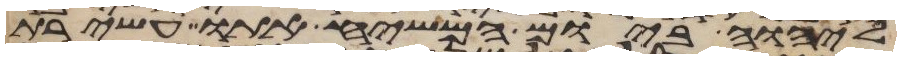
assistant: ליהוה ביום המשיח אתו עשירת